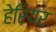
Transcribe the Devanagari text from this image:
हेरियर